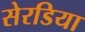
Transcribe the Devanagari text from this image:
सेरडिया